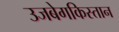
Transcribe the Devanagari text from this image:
उजबेगकिस्तान